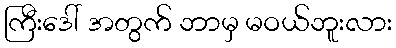
ကြီးဒေါ် အတွက် ဘာမှ မဝယ်ဘူးလား